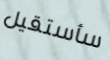
سأستقيل